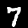
Digit: 7